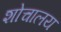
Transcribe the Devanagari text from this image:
शोचालय